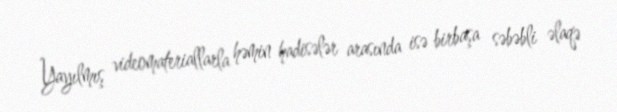
Yayılmış videomateriallarla həmin hadisələr arasında isə birbaşa səbəbli əlaqə